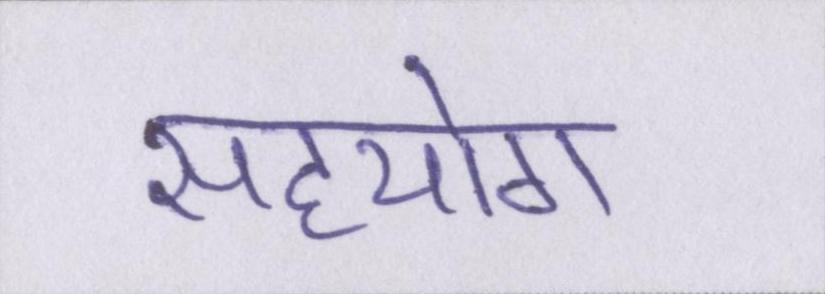
सहयोग